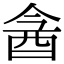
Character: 酓